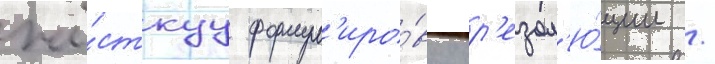
жё́сткуу формул'иро́вку р'езол'ю́ции /